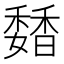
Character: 𩡊